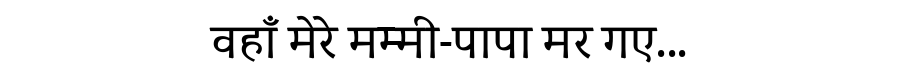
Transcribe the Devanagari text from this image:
वहाँ मेरे मम्मी-पापा मर गए...